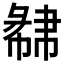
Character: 𢑩